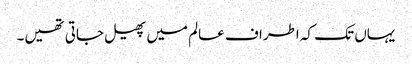
یہاں تک کہ اطراف عالم میں پھیل جاتی تھیں۔